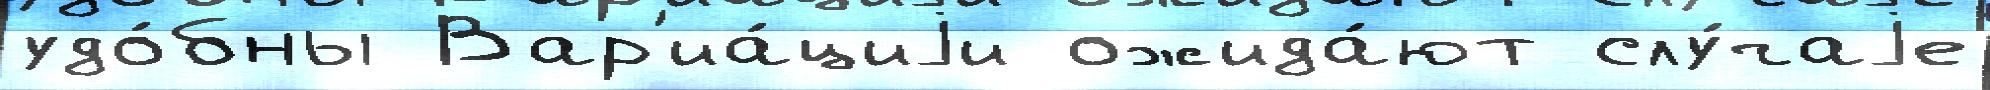
удо́бны Вар'иа́циjи ожида́ют слу́чаjе